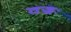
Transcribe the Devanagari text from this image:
वज्रः